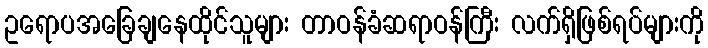
ဥရောပအခြေချနေထိုင်သူများ တာဝန်ခံဆရာဝန်ကြီး လက်ရှိဖြစ်ရပ်များကို